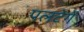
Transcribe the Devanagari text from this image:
पलटेगें